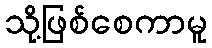
သို့ဖြစ်စေကာမူ